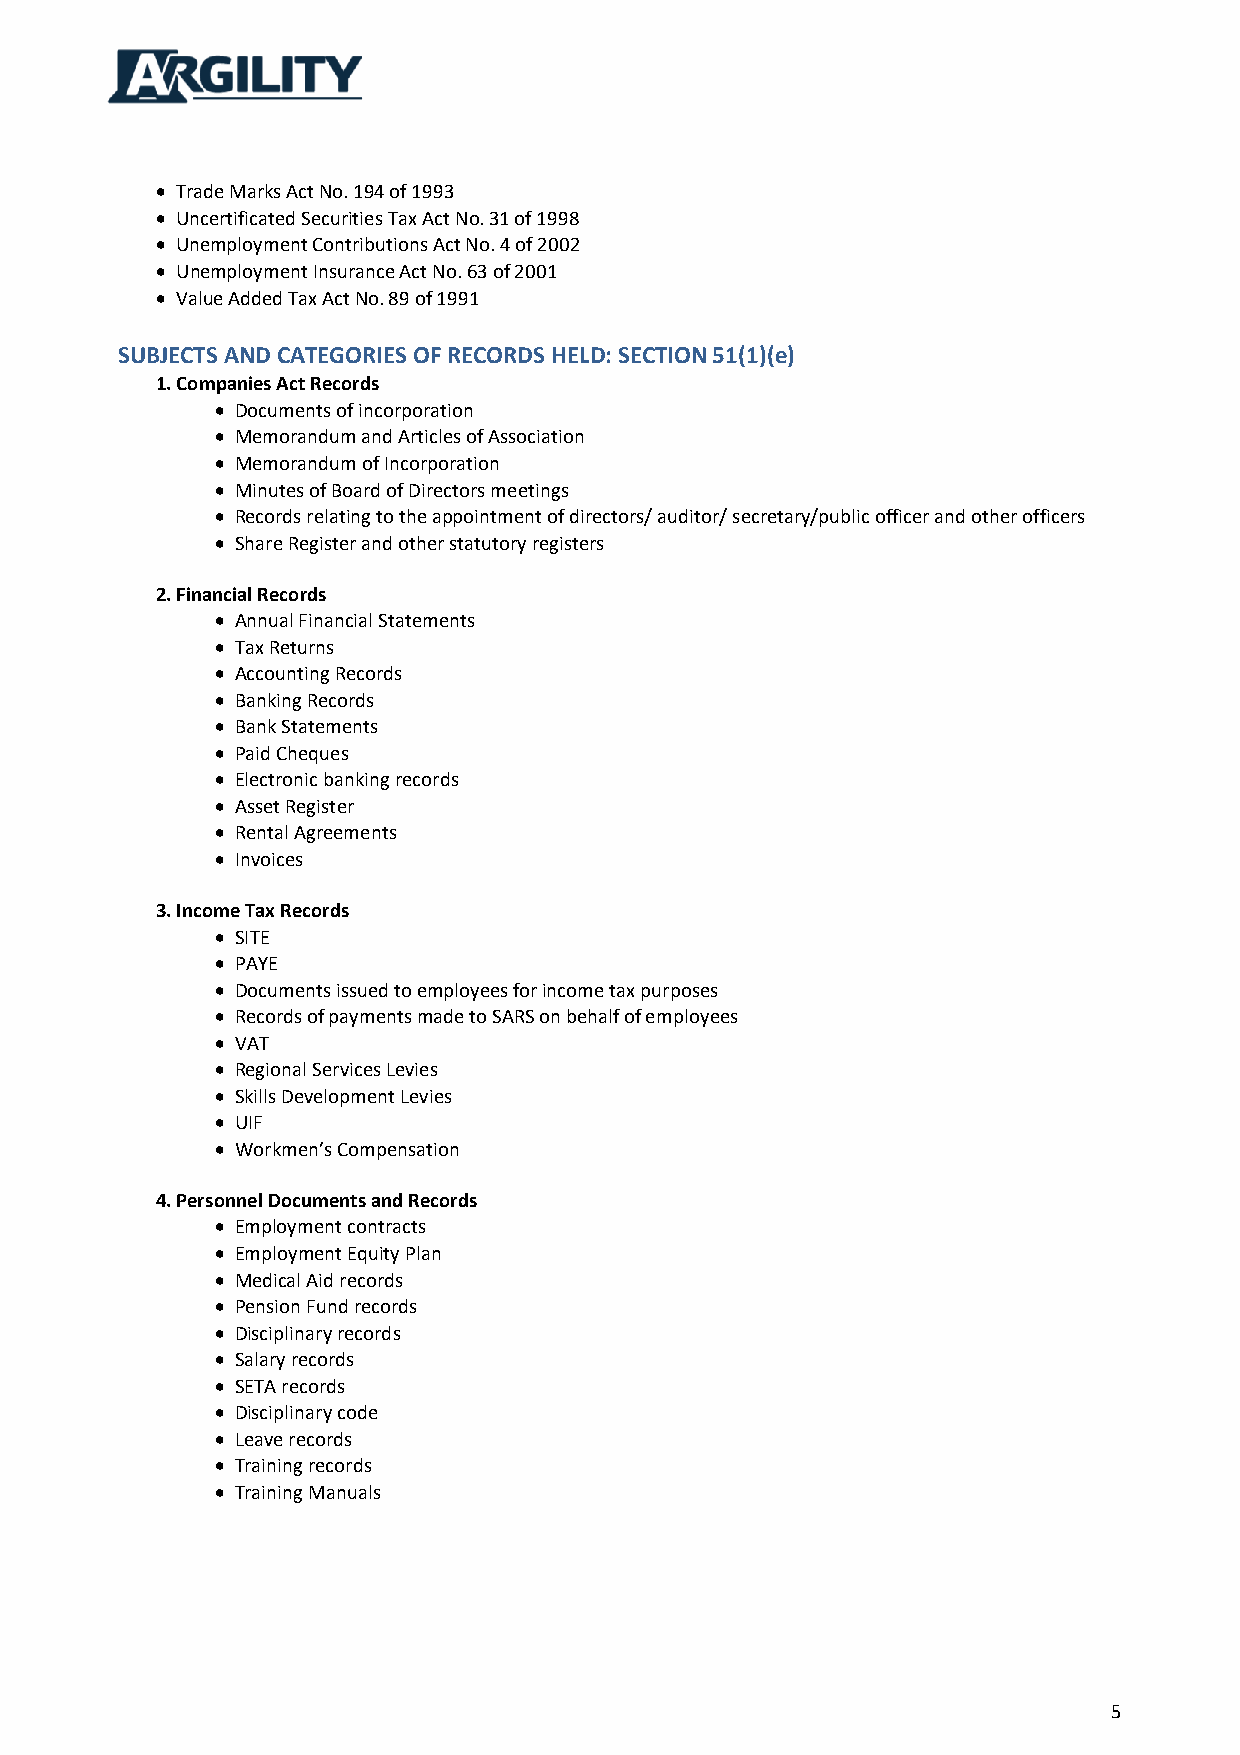
 Trade Marks Act No. 194 of 1993
  Uncertificated Securities Tax Act No. 31 of 1998
  Unemployment Contributions Act No. 4 of 2002
  Unemployment Insurance Act No. 63 of 2001
  Value Added Tax Act No. 89 of 1991
 SUBJECTS AND CATEGORIES OF RECORDS HELD: SECTION 51(1)(e)
 1. Companies Act Records
  Documents of incorporation
  Memorandum and Articles of Association
  Memorandum of Incorporation
  Minutes of Board of Directors meetings
  Records relating to the appointment of directors/ auditor/ secretary/public officer and other officers
  Share Register and other statutory registers
 2. Financial Records
  Annual Financial Statements
  Tax Returns
  Accounting Records
  Banking Records
  Bank Statements
  Paid Cheques
  Electronic banking records
  Asset Register
  Rental Agreements
  Invoices
 3. Income Tax Records
  SITE
  PAYE
  Documents issued to employees for income tax purposes
  Records of payments made to SARS on behalf of employees
  VAT
  Regional Services Levies
  Skills Development Levies
  UIF
  Workmen’s Compensation
 4. Personnel Documents and Records
  Employment contracts
  Employment Equity Plan
  Medical Aid records
  Pension Fund records
  Disciplinary records
  Salary records
  SETA records
  Disciplinary code
  Leave records
  Training records
  Training Manuals
 5